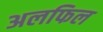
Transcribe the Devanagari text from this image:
अलफिल